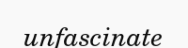
unfascinate